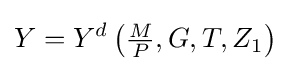
Y=Y^{d}\left({\tfrac {M}{P}},G,T,Z_{1}\right)